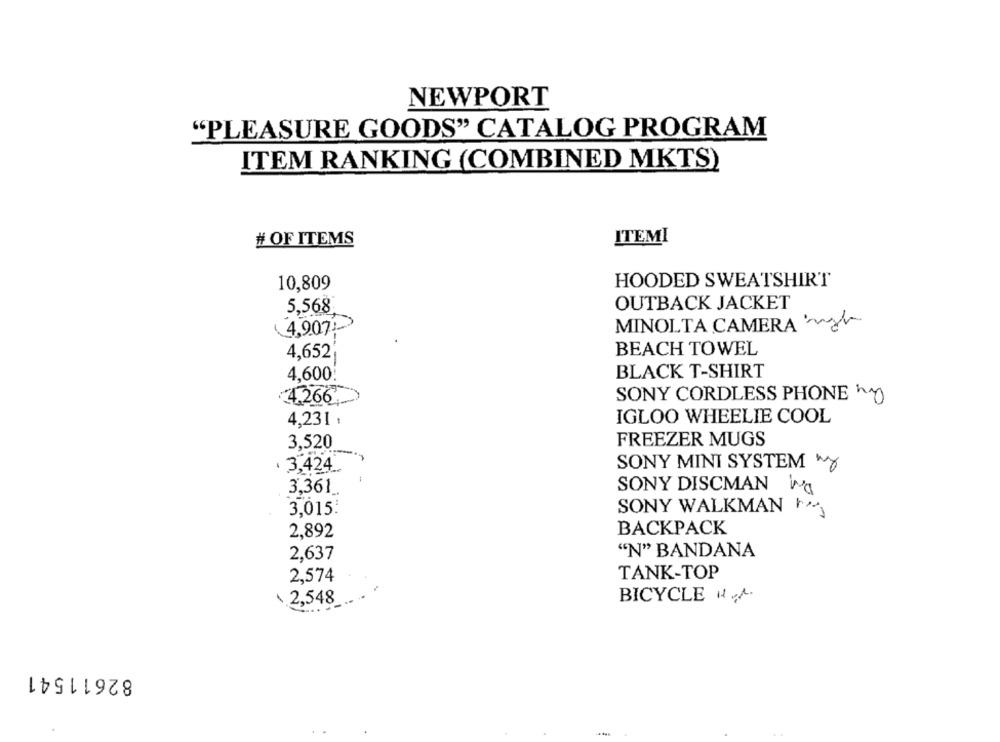
NEWPORT
"PLEASURE GOODS" CATALOG PROGRAM
ITEM RANKING (COMBINED MKTS)
# OF ITEMS
ITEMI
HOODED SWEATSHIRT
10,809
5,568.
OUTBACK JACKET
MINOLTA CAMERA 's
4,907 !-
4,652
BEACH TOWEL
4,600
BLACK T-SHIRT
4.266,
SONY CORDLESS PHONE "0
4,231 .
IGLOO WHEELIE COOL
3,520
FREEZER MUGS
. 3,424 _.
SONY MINI SYSTEM my
3,361
SONY DISCMAN Wa
3,015:
SONY WALKMAN F
2,892
BACKPACK
2,637
"N" BANDANA
2,574
TANK-TOP
\.2,548
BICYCLE HA.
82611541